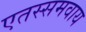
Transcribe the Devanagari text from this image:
एतस्समवाय